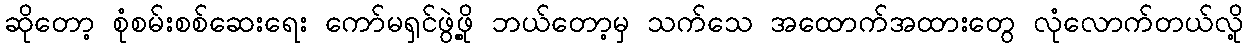
ဆိုတော့ စုံစမ်းစစ်ဆေးရေး ကော်မရှင်ဖွဲ့ဖို့ ဘယ်တော့မှ သက်သေ အထောက်အထားတွေ လုံလောက်တယ်လို့